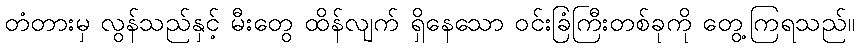
တံတားမှ လွန်သည်နှင့် မီးတွေ ထိန်လျက် ရှိနေသော ဝင်းခြံကြီးတစ်ခုကို တွေ့ကြရသည်။